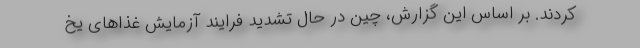
کردند. بر اساس این گزارش، چین در حال تشدید فرایند آزمایش غذا‌های یخ